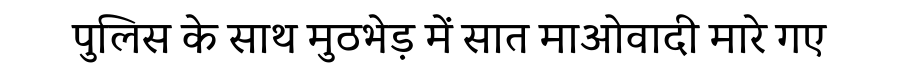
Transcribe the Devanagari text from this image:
पुलिस के साथ मुठभेड़ में सात माओवादी मारे गए